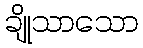
ချိုသာသော